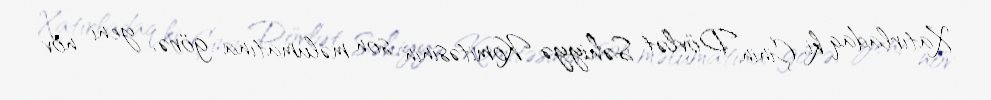
Xatırladaq ki, Çinin Dövlət Səhiyyə Komitəsinin son məlumatına görə, yeni növ